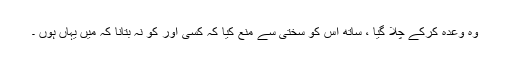
وہ وعدہ کرکے چلا گیا ، ساتھ اُس کو سختی سے منع کیا کہ کسی اور کو نہ بتانا کہ میں یہاں ہوں ۔